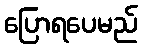
ပြောရပေမည်